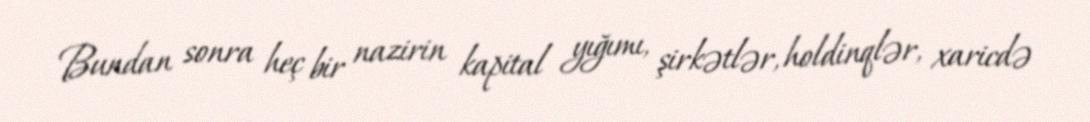
Bundan sonra heç bir nazirin kapital yığımı, şirkətlər, holdinqlər, xaricdə